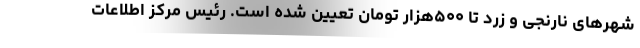
شهرهای نارنجی و زرد تا ۵۰۰هزار تومان تعیین شده است. رئیس مرکز اطلاعات